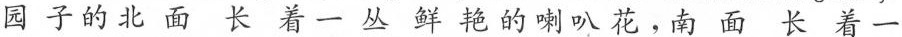
园子的北面长着一丛鲜艳的喇叭花。南面长着一